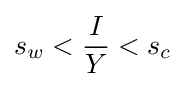
s_{w}<{\frac {I}{Y}}<s_{c}